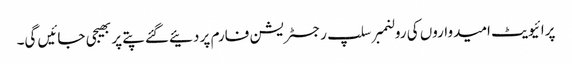
پرائیویٹ امیدواروں کی رولنمبر سلپ رجسٹریشن فارم پر دئیےگئے پتے پر بھیجی جائیں گی۔